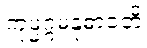
ကုမ္မဂ္ဂမနုဓာဝတိ